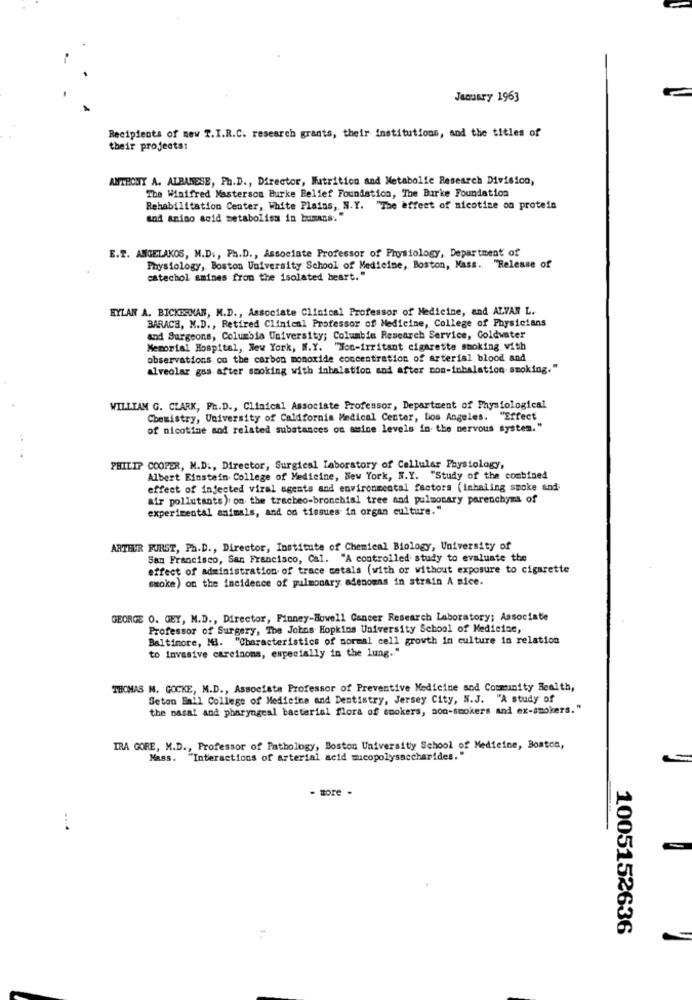
January 1963
Recipients of new T.I.R.C. research grants, their institutions, and the titles of
their projects:
ANTHONY A. ALBANESE, Ph.D ., Director, Nutrition and Metabolic Research Division,
The Winifred Masterson Burke Belief Foundation, The Burke Foundation
Rehabilitation Center, White Plains, N.Y. "The effect of nicotine on protein
and amino acid metabolism in humans:"
E.T. ANGELAKOS, M.D ., Ph.D ., Associate Professor of Physiology, Department of
Physiology, Boston University School of Medicine, Boston, Mass .. "Release of
catechol amines from the isolated heart."
HYLAN A. BICKERNAN, M.D ., Associate Clinical Professor of Medicine, and ALVAN L.
BARACH, N.D ., Retired Clinical Professor of Medicine, College of Physicians
and Surgeons, Columbia University; Columbia Research Service, Goldwater
Memorial Hospital, New York, N.Y. "Non-irritant cigarette smoking with
observations on the carbon monoxide concentration of arterial blood and
alveolar gas after smoking with inbalation and after non-inhalation smoking."
WILLIAM G. CLARK, Ph.D ., Clinical Associate Professor, Department of Physiological
Chemistry, University of California Medical Center, Los Angeles. "Effect
of nicotine and related substances on amine levels in the nervous system."
PHILIP COOPER, M.D ., Director, Surgical Laboratory of Cellular Physiology,
Albert Einstein College of Medicine, New York, N.Y. "Study of the combined
effect of injected viral agents and environmental factors (inhaling spoke and
air pollutants) on the tracheo-bronchial tree and pulmonary parenchyma of
experimental animals, and on tissues in organ culture."
ARTHUR FURST, Ph.D ., Director, Institute of Chemical Biology, University of
San Francisco, San Francisco, Cal. "A controlled study to evaluate the
effect of administration of trace metals (with or without exposure to cigarette
smoke) on the incidence of pulmonary adenomas in strain A nice.
GEORGE O. GEY, M.D ., Director, Finney-Howell Cancer Research Laboratory; Associate
Professor of Surgery, The Johns Hopkins University School of Medicine,
Baltimore, Mi. "Characteristics of normal cell growth in culture in relation
to invasive careinons, especially in the lung .. "
THOMAS N. GOCKE, M.D ., Associate Professor of Preventive Medicine and Community Health,
Seton Ball College of Medicine and Dentistry, Jersey City, N.J. "A study of
the nasal and pharyngeal bacterial flora of smokers, non-smokers and ex-smokers."
IRA GORE, M.D ., Professor of Pathology, Boston University School of Medicine, Boston,
Mass. "Interactions of arterial acid micopolysaccharides."
- more -
-
1005152636